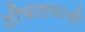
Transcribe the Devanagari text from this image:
शौचालयाची